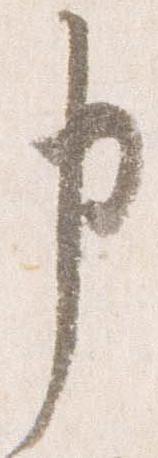
申